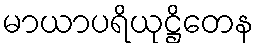
မာယာပရိယုဋ္ဌိတေန